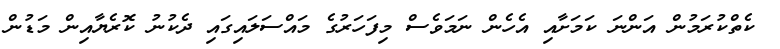
ކެތްކުރަމުން އަންނަ ކަމަށާއި އެހެން ނަމަވެސް މިފަހަރުގެ މައްސަލައިގައި ދެކުނު ކޮރެޔާއިން މަޑުން